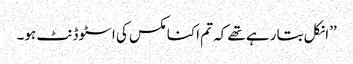
’’انکل بتا رہے تھے کہ تم اکنامکس کی اسٹوڈنٹ ہو۔